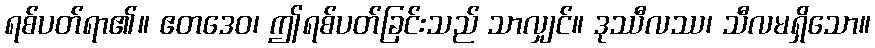
ရစ်ပတ်ရာ၏။ ဧတဒေဝ၊ ဤရစ်ပတ်ခြင်းသည် သာလျှင်။ ဒုဿီလဿ၊ သီလမရှိသော။